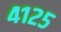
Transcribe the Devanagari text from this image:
४१२५